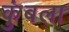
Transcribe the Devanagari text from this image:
कुंबला